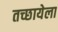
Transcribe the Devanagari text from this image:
तच्छायेला